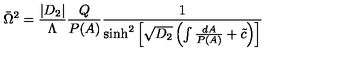
\bar { \Omega } ^ { 2 } = \frac { | D _ { 2 } | } { \Lambda } \frac { Q } { P ( A ) } \frac { 1 } { \sinh ^ { 2 } \left[ \sqrt { D _ { 2 } } \left( \int \frac { d A } { P ( A ) } + \tilde { c } \right) \right] }